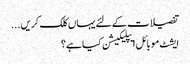
تفصیلات کے لئے یہاں کلک کریں...
ایشٹ موبائل ایپلیکیشن کیا ہے؟